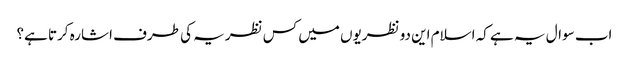
اب سوال یہ ہے کہ اسلام این دو نظریوں میں کس نظریہ کی طرف اشارہ کرتا ہے؟